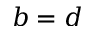
b = d